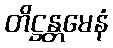
တိဋ္ဌန္တမေနံ